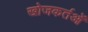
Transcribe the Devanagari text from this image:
खोजकर्तओं